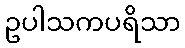
ဥပါသကပရိသာ